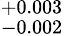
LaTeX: ^{+0.003}_{-0.002}